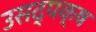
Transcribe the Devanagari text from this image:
उसद्पक्ष